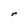
Character: r